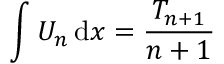
\int U _ { n } \, \mathrm { d } x = { \frac { \, T _ { n + 1 } \, } { n + 1 } }